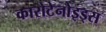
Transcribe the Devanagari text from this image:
कारोटेनोइड्स